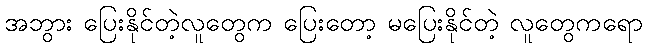
အဘွား ပြေးနိုင်တဲ့လူတွေက ပြေးတော့ မပြေးနိုင်တဲ့ လူတွေကရော